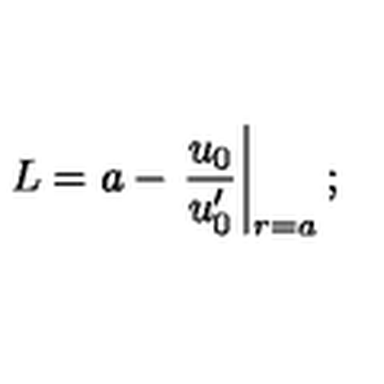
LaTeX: L = a - \left. \frac { u _ { 0 } } { u _ { 0 } ^ { \prime } } \right| _ { r = a } ;